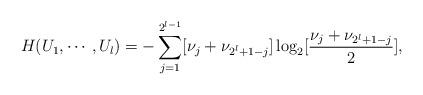
LaTeX: \begin{align*}H(U_1,\cdots,U_l)=-\sum_{j=1}^{2^{l-1}} [\nu_j+\nu_{{2^l+1}-j}] \log_2 [{\nu_j+\nu_{{2^l+1}-j} \over 2}],\end{align*}